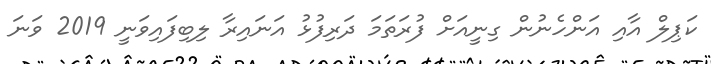
ކަޕިލް އާއި އަންހެނުން ގިނީއަށް ފުރަތަމަ ދަރިފުޅު އަނައިރާ ލިބިފައިވަނީ 2019 ވަނަ